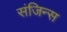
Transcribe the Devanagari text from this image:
संजिन्स